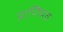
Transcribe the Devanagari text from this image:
प्राणिभव